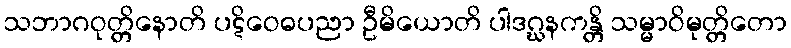
သဘာဂဝုတ္တိနောတိ ပဋိဝေဓပညာ ဦမိယောတိ ပါဒဂ္ဃနကန္တိ သမ္မာဝိမုတ္တိတော